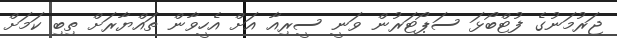
ޖަރުމަނުގެ ފުޓްބޯޅަ ސަޕޯޓަރުން ވަނީ ސީރިއާ އަށް އެހީވާން ތައްޔާރަށް ތިބި ކަމަށް